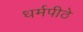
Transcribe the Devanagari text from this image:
धर्मपीठे